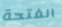
الفتحة